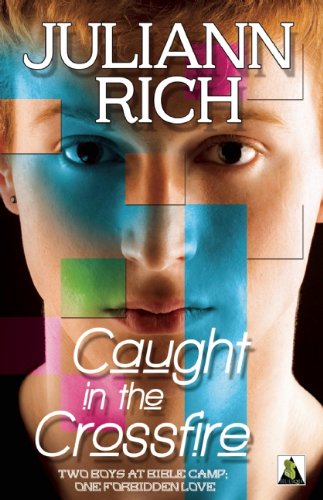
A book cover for Caught in the Crossfire; Juliann Rich; Teen & Young Adult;